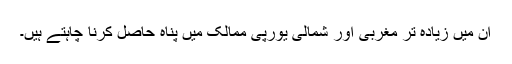
ان میں زیادہ تر مغربی اور شمالی یورپی ممالک میں پناہ حاصل کرنا چاہتے ہیں۔